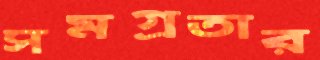
সমগ্রতার